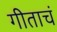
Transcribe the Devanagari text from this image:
गीताचं